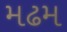
મઢમ